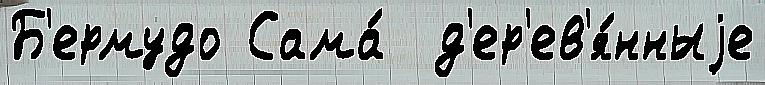
Б'ермудо Сама́  д'ер'ев'я́нныjе